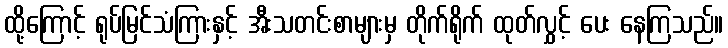
ထို့ကြောင့် ရုပ်မြင်သံကြားနှင့် အီးသတင်းစာများမှ တိုက်ရိုက် ထုတ်လွှင့် ပေး နေကြသည်။